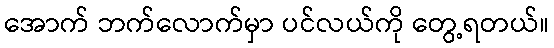
အောက် ဘက်လောက်မှာ ပင်လယ်ကို တွေ့ရတယ်။